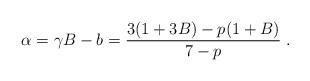
LaTeX: \begin{align*}\alpha = \gamma B - b = \frac{3 (1 + 3 B) - p (1 + B)}{7 - p} \; .\end{align*}